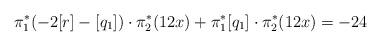
LaTeX: \begin{align*}\pi_1^*(-2[r]-[q_1])\cdot\pi_2^*(12x) + \pi_1^*[q_1]\cdot \pi_2^*(12x)=-24\end{align*}